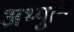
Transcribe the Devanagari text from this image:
अभ्युति